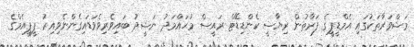
މަޝްވަރާތަކުގައި އެމްޑީޕީގެ ފަރާތުން ރިޔާސީ ކެންޑިޑޭޓް ރައީސް މުޙައްމަދު ނަޝީދު ބައިވެރިވެވަޑައިގެންނެވިއިރު ޕީޕީއެމްގެ